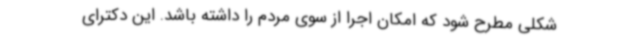
شکلی مطرح شود که امکان اجرا از سوی مردم را داشته باشد. این دکترای